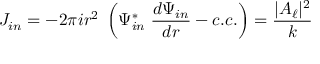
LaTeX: J _ { i n } = - 2 \pi i r ^ { 2 } \; \left( \Psi _ { i n } ^ { \ast } \; { \frac { d \Psi _ { i n } } { d r } } - c . c . \right) = { \frac { | A _ { \ell } | ^ { 2 } } { k } }